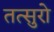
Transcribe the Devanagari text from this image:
तत्सुरो